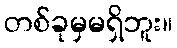
တစ်ခုမှမရှိဘူး။